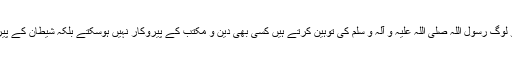
چنانچہ جو لوگ رسول اللہ صلی اللہ علیہ و آلہ و سلم کی توہین کرتے ہیں کسی بھی دین و مکتب کے پیروکار نہیں ہوسکتے بلکہ شیطان کے پیروکار ہیں۔